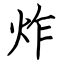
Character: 炸